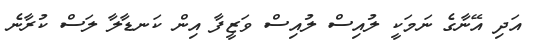
އަދި އޭނާގެ ނަމަކީ ލުއިސް ލުއިސް ވަޒީފާ އިން ކަނޑާލާ ލަސް ކުރާނެ